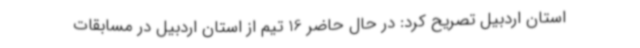
استان اردبیل تصریح کرد: در حال حاضر 16 تیم از استان اردبیل در مسابقات